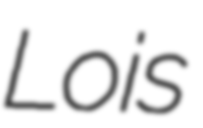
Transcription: Lois